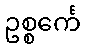
ဥစ္စင်္ကေ